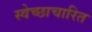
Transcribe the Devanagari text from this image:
स्वेच्छाचारित